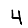
Digit: 4